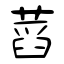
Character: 蓞